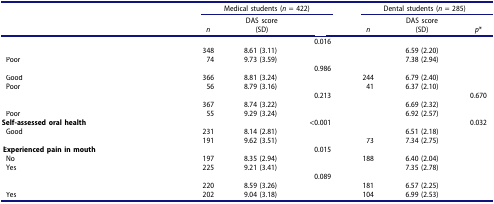
<table><thead><tr><td>[EMPTY_CELL]</td><td colspan="3"><b>Medical students (<i>n</i> = 422)</b></td><td colspan="3"><b>Dental students (<i>n</i> = 285)</b></td></tr><tr><td>[EMPTY_CELL]</td><td><b><i>n</i></b></td><td><b>DAS score(SD)</b></td><td>[EMPTY_CELL]</td><td><b><i>n</i></b></td><td><b>DAS score(SD)</b></td><td><b><i>p</i>*</b></td></tr></thead><tbody><tr><td>[EMPTY_CELL]</td><td>[EMPTY_CELL]</td><td>[EMPTY_CELL]</td><td>0.016</td><td>[EMPTY_CELL]</td><td>[EMPTY_CELL]</td><td>[EMPTY_CELL]</td></tr><tr><td>[EMPTY_CELL]</td><td>348</td><td>8.61 (3.11)</td><td>[EMPTY_CELL]</td><td>[EMPTY_CELL]</td><td>6.59 (2.20)</td><td>[EMPTY_CELL]</td></tr><tr><td>Poor</td><td>74</td><td>9.73 (3.59)</td><td>[EMPTY_CELL]</td><td>[EMPTY_CELL]</td><td>7.38 (2.94)</td><td>[EMPTY_CELL]</td></tr><tr><td>[EMPTY_CELL]</td><td>[EMPTY_CELL]</td><td>[EMPTY_CELL]</td><td>0.986</td><td>[EMPTY_CELL]</td><td>[EMPTY_CELL]</td><td>[EMPTY_CELL]</td></tr><tr><td>Good</td><td>366</td><td>8.81 (3.24)</td><td>[EMPTY_CELL]</td><td>244</td><td>6.79 (2.40)</td><td>[EMPTY_CELL]</td></tr><tr><td>Poor</td><td>56</td><td>8.79 (3.16)</td><td>[EMPTY_CELL]</td><td>41</td><td>6.37 (2.10)</td><td>[EMPTY_CELL]</td></tr><tr><td colspan="2">[EMPTY_CELL]</td><td>[EMPTY_CELL]</td><td>0.213</td><td>[EMPTY_CELL]</td><td>[EMPTY_CELL]</td><td>0.670</td></tr><tr><td>[EMPTY_CELL]</td><td>367</td><td>8.74 (3.22)</td><td>[EMPTY_CELL]</td><td>[EMPTY_CELL]</td><td>6.69 (2.32)</td><td>[EMPTY_CELL]</td></tr><tr><td>Poor</td><td>55</td><td>9.29 (3.24)</td><td>[EMPTY_CELL]</td><td>[EMPTY_CELL]</td><td>6.92 (2.57)</td><td>[EMPTY_CELL]</td></tr><tr><td colspan="2"><b>Self-assessed oral health</b></td><td>[EMPTY_CELL]</td><td>&lt;0.001</td><td>[EMPTY_CELL]</td><td>[EMPTY_CELL]</td><td>0.032</td></tr><tr><td>Good</td><td>231</td><td>8.14 (2.81)</td><td>[EMPTY_CELL]</td><td>[EMPTY_CELL]</td><td>6.51 (2.18)</td><td>[EMPTY_CELL]</td></tr><tr><td>[EMPTY_CELL]</td><td>191</td><td>9.62 (3.51)</td><td>[EMPTY_CELL]</td><td>73</td><td>7.34 (2.75)</td><td>[EMPTY_CELL]</td></tr><tr><td><b>Experienced pain in mouth</b></td><td>[EMPTY_CELL]</td><td>[EMPTY_CELL]</td><td>0.015</td><td>[EMPTY_CELL]</td><td>[EMPTY_CELL]</td><td>[EMPTY_CELL]</td></tr><tr><td>No</td><td>197</td><td>8.35 (2.94)</td><td>[EMPTY_CELL]</td><td>188</td><td>6.40 (2.04)</td><td>[EMPTY_CELL]</td></tr><tr><td>Yes</td><td>225</td><td>9.21 (3.41)</td><td>[EMPTY_CELL]</td><td>[EMPTY_CELL]</td><td>7.35 (2.78)</td><td>[EMPTY_CELL]</td></tr><tr><td>[EMPTY_CELL]</td><td>[EMPTY_CELL]</td><td>[EMPTY_CELL]</td><td>0.089</td><td>[EMPTY_CELL]</td><td>[EMPTY_CELL]</td><td>[EMPTY_CELL]</td></tr><tr><td>[EMPTY_CELL]</td><td>220</td><td>8.59 (3.26)</td><td>[EMPTY_CELL]</td><td>181</td><td>6.57 (2.25)</td><td>[EMPTY_CELL]</td></tr><tr><td>Yes</td><td>202</td><td>9.04 (3.18)</td><td>[EMPTY_CELL]</td><td>104</td><td>6.99 (2.53)</td><td>[EMPTY_CELL]</td></tr></tbody></table>